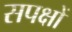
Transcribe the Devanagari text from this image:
सपक्षों